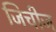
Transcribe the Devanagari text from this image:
जिचीज